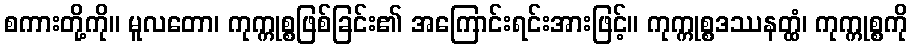
စကားတို့ကို။ မူလတော၊ ကုက္ကုစ္စဖြစ်ခြင်း၏ အကြောင်းရင်းအားဖြင့်။ ကုက္ကုစ္စဒဿနတ္ထံ၊ ကုက္ကုစ္စကို